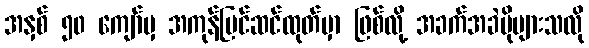
အနှစ် ၅၀ ကျော်မှ အကုန်ပြင်ဆင်ထုတ်မှာ ဖြစ်လို့ အခက်အခဲပိုများသလို